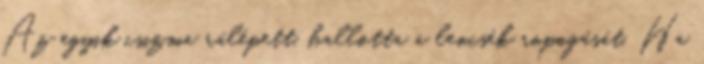
Az egyik csizma rálépett, hallotta a lencsék ropogását. Ha